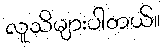
လူသိများပါတယ်။